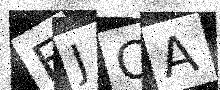
Text: FJCA